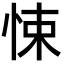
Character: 悚